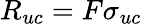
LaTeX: R_{uc}=F\sigma_{uc}